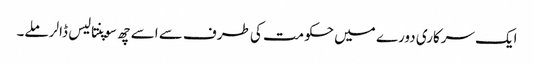
ایک سرکاری دورے میں حکومت کی طرف سے اسے چھ سوپنتالیس ڈالر ملے۔